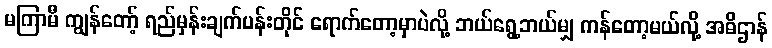
မကြာမီ ကျွန်တော့် ရည်မှန်းချက်ပန်းတိုင် ရောက်တော့မှာပဲလို့ ဘယ်ရွေ့ဘယ်မျှ ကန်တော့မယ်လို့ အဓိဌာန်